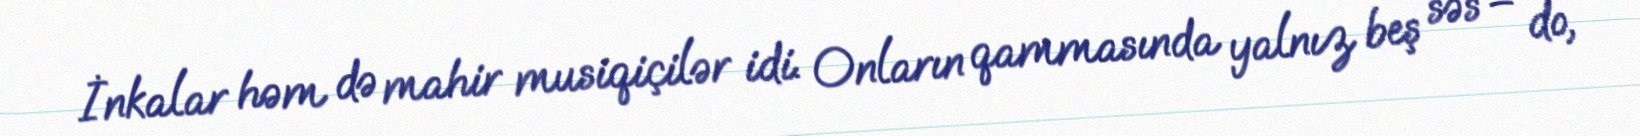
İnkalar həm də mahir musiqiçilər idi. Onların qammasında yalnız beş səs – do,